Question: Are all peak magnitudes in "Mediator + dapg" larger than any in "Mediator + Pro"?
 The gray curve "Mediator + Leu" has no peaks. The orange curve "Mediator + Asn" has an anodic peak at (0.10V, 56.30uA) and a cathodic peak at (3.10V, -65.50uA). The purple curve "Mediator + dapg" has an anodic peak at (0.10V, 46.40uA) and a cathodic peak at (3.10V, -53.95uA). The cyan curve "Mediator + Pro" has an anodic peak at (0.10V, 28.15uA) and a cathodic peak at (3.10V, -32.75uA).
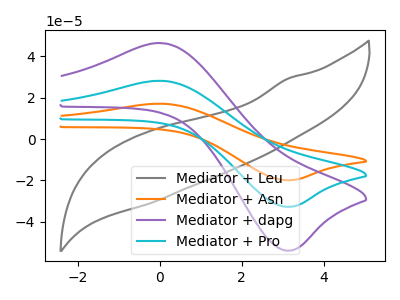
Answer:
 <answer>Every peak in "Mediator + dapg" is higher than every peak in "Mediator + Pro".</answer>
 <eval>higher</eval>